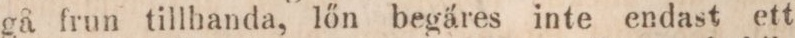
gå frun tillhanda, lőn begäres inte endast ett